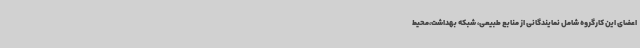
اعضای این کارگروه شامل نمایندگانی از منابع طبیعی، شبکه بهداشت،محیط